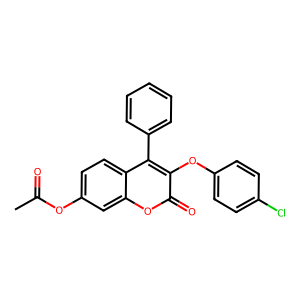
SMILES: CC(=O)Oc1ccc2c(-c3ccccc3)c(Oc3ccc(Cl)cc3)c(=O)oc2c1
Inhibits HIV replication: No